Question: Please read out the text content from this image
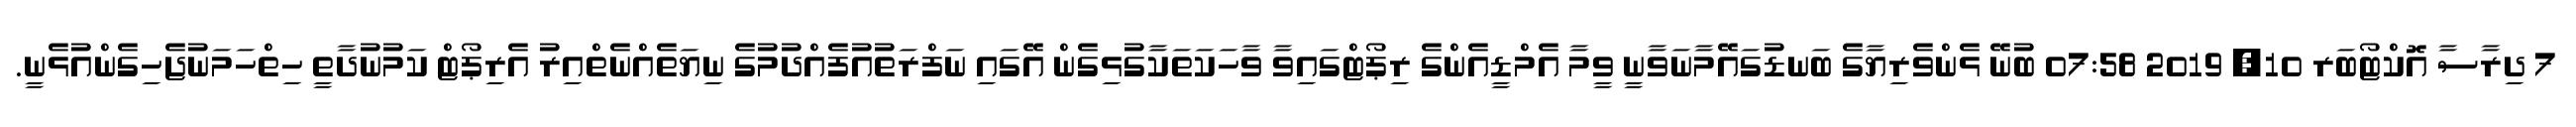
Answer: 7 ދިރާސާ އޮކްޓޯބަރ 10, 2019 07:58 ބުނޭ ޅެންވެރިޔާގެ ބަނޑުގައޭމާނަވާނީ ވީމާ އެމްޑީއެންގެ ރިޕޯޓްގައިވާ ވާހަކަތަކާގުޅިގެން އޭގައި ނަފްރަތުއުފެއްދުމުގެ ނިޔަތެއްނެތްއިރު އެރިޕޯޓް ކަމުނުދާތީ ހިތްހަމަނުޖެހިގެންއުޅެނީ.